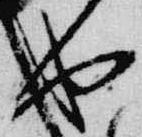
也